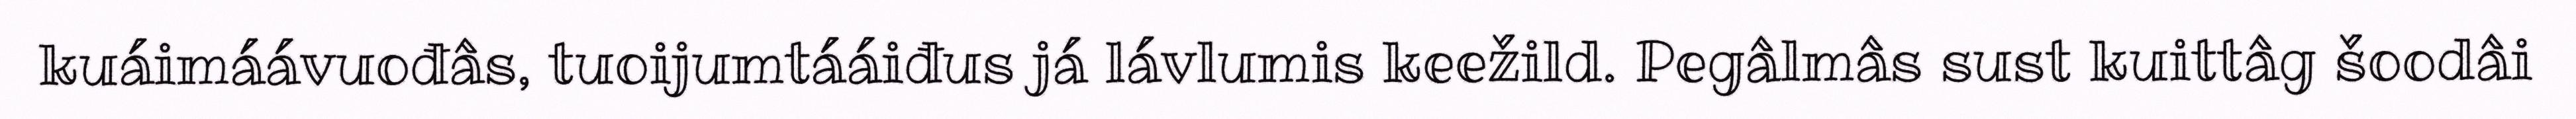
kuáimáávuođâs, tuoijumtááiđus já lávlumis keežild. Pegâlmâs sust kuittâg šoodâi